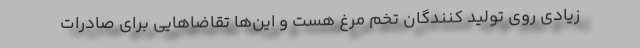
زیادی روی تولید کنندگان تخم مرغ هست و این‌ها تقاضا‌هایی برای صادرات